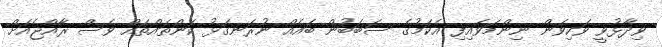
ވިދާޅުވީ ވަކިވަން ނިންމަވައިފި އެކަމުގެ ސަބަބުން ބައެއް ނުރަނގަޅު ކަންތައްތައް ވެސް ރާއްޖެއަށް